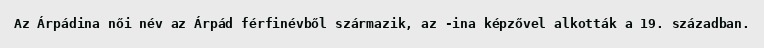
Az Árpádina női név az Árpád férfinévből származik, az -ina képzővel alkották a 19. században.